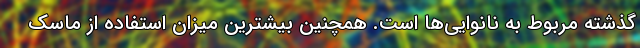
گذشته مربوط به نانوایی‌ها است. همچنین بیشترین میزان استفاده از ماسک